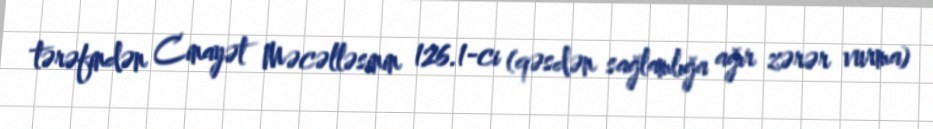
tərəfindən Cinayət Məcəlləsinin 126.1-ci (qəsdən sağlamlığa ağır zərər vurma)